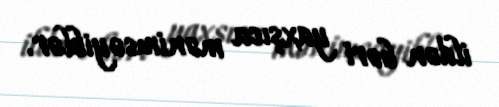
ildən bəri yaxşıca mənimsəyiblər.